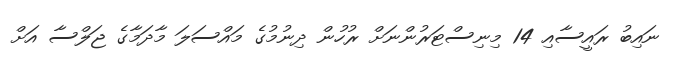
ނައިބު ރައީސާއި 14 މިނިސްޓަރުންނަށް ރުހުން ދިނުމުގެ މައްސަލަ މާދަމާގެ ޖަލްސާ އަށް